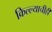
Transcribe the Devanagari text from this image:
किल्ल्याचीही